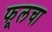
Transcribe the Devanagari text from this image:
फूलचा